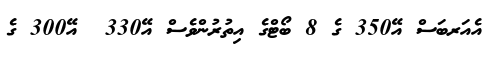
އެއަރބަސް އޭ350 ގެ 8 ބޯޓްގެ އިތުރުންވެސް އޭ330  އޭ300 ގެ